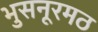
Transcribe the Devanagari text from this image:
भुसनूरमठ